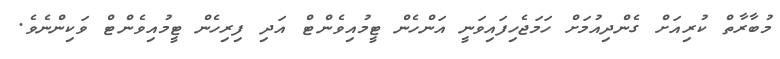
މުބާރާތް ކުރިއަށް ގެންދިއުމަށް ހަމަޖެހިފައިވަނީ އަންހެން ޓީމުއިވެންޓް އަދި ފިރިހެން ޓީމުއިވެންޓް ވަކިންނެވެ.